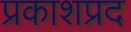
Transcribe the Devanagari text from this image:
प्रकाशप्रद